Lunatic asylums Madras 1892-1911 - 1892-1911
Year: 1892
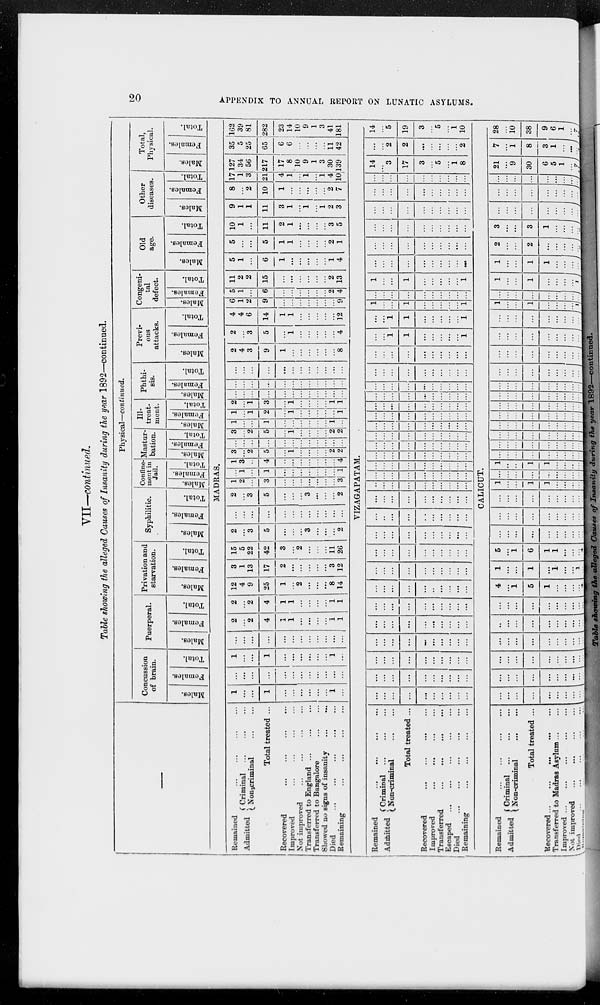
20
APPENDIX TO ANNUAL REPORT ON LUNATIC ASYLUMS.
VII—continued.
Table showing the alleged Causes of Insanity during the year 1892—continued.
Physical—continued.
Concussion
of brain.
Males.
Females
Total.
Puerperal.
Males.
Females.
Total.
Privation and
starvation.
Males.
Females.
Total.
Syphilitic.
Males.
Females.
Total.
Confine-
ment in
Jail.
Males.
Females.
Total.
Mastur-
bation.
Males.
Females.
Total.
III
treat-
ment.
Males.
Females.
Total.
Phthi-
sis.
Males.
Females.
Total.
Previ-
ous
attacks.
Males.
Females.
Total.
Congeni-
tal
defect.
Males.
Females.
Total.
Old
age.
Males.
Females.
Total.
Other
diseases.
Males.
Females.
Total.
Total,
Physical.
Males.
Females.
Total.
MADRAS.
Remained ... ... ... ...
Admitted
Criminal ... ... ...
Non-ciminal
...
...
Total treated ...
Recovered ... ... ... ...
Improved ... ... ... ...
Not improved ... ... ... ...
Transferred to England ... ... ...
Transferred to Bangalore ... ...
Showed no signs of insanity ... ...
Died
...
...
...
...
...
Remaining ... ... ... ...
1
...
...
1
...
...
...
...
...
...
1
...
...
...
...
...
...
...
...
...
...
...
...
...
1
...
...
1
...
...
...
...
...
...
1
...
...
...
...
...
...
...
...
...
...
...
...
...
2
...
2
4
1
1
...
...
...
...
1
1
2
...
2
4
1
1
...
...
...
...
1
1
12
4
9
25
1
...
2
...
...
...
8
14
3
1
13
17
2
...
...
...
...
...
3
12
15
5
22
42
3
...
2
...
...
...
11
26
2
...
3
5
...
...
...
3
...
...
...
2
...
...
...
...
...
...
...
...
...
...
...
...
2
...
3
5
...
...
...
3
...
...
...
2
1
2
...
3
...
...
...
...
...
...
...
3
...
1
...
1
...
...
...
...
...
...
...
1
1
3
...
4
...
...
...
...
...
...
...
4
3
...
2
5
...
1
...
...
...
...
2
2
...
...
...
...
...
...
...
...
...
...
... ...
3
...
2
5
...
1
...
...
...
...
2
2
1
...
...
1
...
...
...
...
...
...
1
...
1
...
1
2
...
1
...
...
...
...
...
1
2
...
1
3
...
1
...
...
...
...
1
1
...
...
...
...
...
...
...
...
...
...
...
...
...
...
...
...
...
...
...
...
...
...
...
...
...
...
...
...
...
...
...
...
...
...
...
...
2
4
3
9
1
...
...
...
...
...
...
8
2
...
3
5
...
1
...
...
...
...
...
4
4
4
6
14
1
1
...
...
...
...
...
12
6
1
2
9
...
...
...
...
...
...
...
9
5
1
...
6
...
...
...
...
...
...
2
4
11
2
2
15
...
...
...
...
...
...
2
13
5
1
...
6
1
...
...
...
...
...
1
4
5
...
...
5
1
1
...
...
...
...
2
1
10
1
...
11
2
1
...
...
...
...
3
5
9
1
1
11
3
1
...
1
...
1
2
3
8
...
2
10
1
...
...
...
...
...
2
7
17
1
3
21
4
1
...
1
...
1
4
10
127
34
56
217
17
8
10
9
1
3
30
139
35
5
25
65
6
6
...
...
...
...
11
42
162
39
81
282
23
14
10
9
1
3
41
181
VIZAGAPATAM.
Remained
...
...
...
...
Admitted
Criminal ... ... ...
Non-criminal ... ...
Total treated ...
Recovered ... ... ... ...
Improved ... ... ... ...
Transferred
...
...
...
...
Escaped ... ... ... ... ...
Died
...
...
...
...
...
Remaining ... ... ... ...
...
...
...
...
...
...
...
...
...
...
...
...
...
...
...
...
...
...
...
...
...
...
...
...
...
...
...
...
...
...
...
...
...
...
...
...
...
...
...
...
...
...
...
...
...
...
...
...
...
...
...
...
...
...
...
...
...
...
...
...
...
...
...
...
...
...
...
...
...
...
...
...
...
...
...
...
...
...
...
...
...
...
...
...
...
...
...
...
...
...
...
...
...
...
...
...
...
...
...
...
...
...
...
...
...
...
...
...
...
...
...
...
...
...
...
...
...
...
...
...
...
...
...
...
...
...
...
...
...
...
...
...
...
...
...
...
...
...
...
...
...
...
...
...
...
...
...
...
...
...
...
...
...
...
...
...
...
...
...
...
...
...
...
...
...
...
...
...
...
...
...
...
...
...
...
...
...
...
...
...
...
...
...
...
...
...
...
...
...
...
...
...
...
...
...
...
...
...
...
...
...
...
...
...
...
...
...
...
...
...
...
...
...
...
...
...
...
...
...
...
...
...
...
...
...
...
...
...
...
...
...
...
...
...
...
...
...
...
...
...
...
...
...
...
...
...
...
...
...
...
...
...
1
1
...
...
...
...
...
1
...
...
1
1
...
...
...
...
...
1
1
...
...
1
...
...
...
...
...
1
...
...
...
...
...
...
...
...
...
...
1
...
...
1
...
...
...
...
...
1
...
...
...
...
...
...
...
...
...
...
...
...
...
...
...
...
...
...
...
...
...
...
...
...
...
...
...
...
...
...
...
...
...
...
...
...
...
...
...
...
...
...
...
...
...
...
...
...
...
...
...
...
...
...
...
...
...
...
...
...
14
...
3
17
3
...
5
...
1
8
...
...
2
2
...
...
...
...
...
2
14
...
5
19
3
...
5
...
1
10
CALICUT.
Remained ... ... ... ...
Admitted Criminal ... ... ...
Non-criminal ... ...
Total treated ...
Recovered
...
...
...
...
Transferred to Madras Asylum ... ...
Improved ... ... ... ... ...
Not improved ... ... ... ...
Died ... ... ... ... ...
Remaining ... ... ... ...
...
...
...
...
...
...
...
...
...
...
...
...
...
...
...
...
...
...
...
...
...
...
...
...
...
...
...
...
...
...
...
...
...
...
...
...
...
...
...
...
...
...
...
...
...
...
...
...
...
...
...
...
...
...
...
...
...
...
...
...
4
...
1
5
1
...
...
...
...
...
1
...
...
1
...
1
...
...
1
...
5
...
1
6
1
1
...
...
...
4
...
...
...
...
...
...
...
...
...
...
...
...
...
...
...
...
...
...
...
...
...
...
...
...
...
...
...
...
...
...
1
...
...
1
1
...
...
...
...
...
...
...
...
...
...
...
...
...
...
...
1
...
...
1
1
...
...
...
...
...
...
...
...
...
...
...
...
...
...
...
...
...
...
...
...
...
...
...
...
...
...
...
...
...
...
...
...
...
...
...
...
...
...
...
...
...
...
...
...
...
...
...
...
...
...
...
...
...
...
...
...
...
...
...
...
...
...
...
...
...
...
...
...
...
...
...
...
...
...
...
...
...
...
...
...
...
...
...
...
...
...
...
...
...
...
...
...
...
...
...
...
...
...
...
...
...
...
...
...
...
...
...
...
...
...
...
...
...
...
...
...
...
...
...
...
...
...
...
...
...
...
...
...
1
...
...
...
...
1
...
...
...
...
...
...
...
...
...
...
...
1
...
...
1
...
...
...
...
1
...
1
...
...
1
1
...
...
...
...
...
2
...
...
2
...
...
...
...
...
...
3
...
...
3
1
...
...
...
...
...
...
...
...
...
...
...
...
...
...
...
...
...
...
...
...
...
...
...
...
...
...
...
...
...
...
...
...
...
...
...
21
...
9
30
6
5
1
...
7
...
7
...
1
8
3
1
...
...
...
...
28
...
10
38
9
6
1
...
7
...